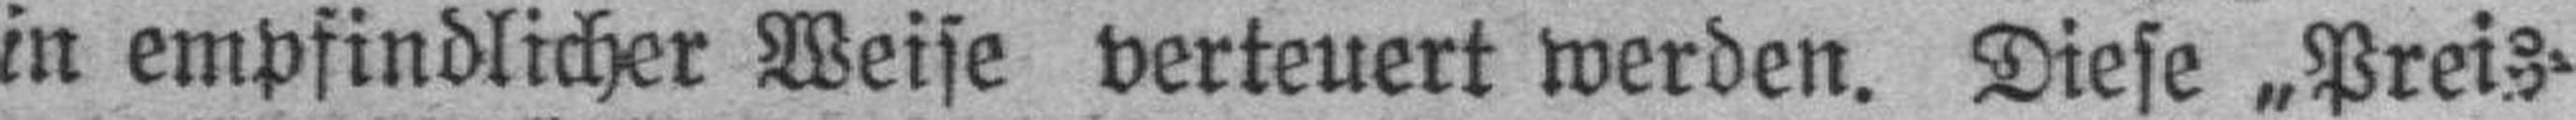
in empfindlicher Weise verteuert werden. Diese „Preis¬